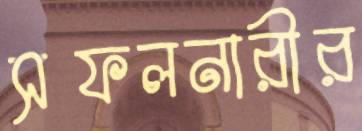
সফলনারীর